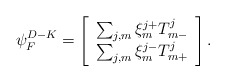
\begin{align*}{\psi}^{D-K}_F=\left[ \begin{array}{c} \sum_{j,m}\xi^{j+}_mT^j_{m-}\\ \sum_{j,m}\xi^{j-}_m T^j_{m+} \end{array} \right].\end{align*}